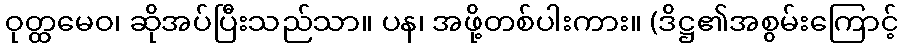
ဝုတ္ထမေဝ၊ ဆိုအပ်ပြီးသည်သာ။ ပန၊ အဖို့တစ်ပါးကား။ (ဒိဋ္ဌ၏အစွမ်းကြောင့်